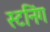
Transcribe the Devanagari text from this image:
स्टनिंग